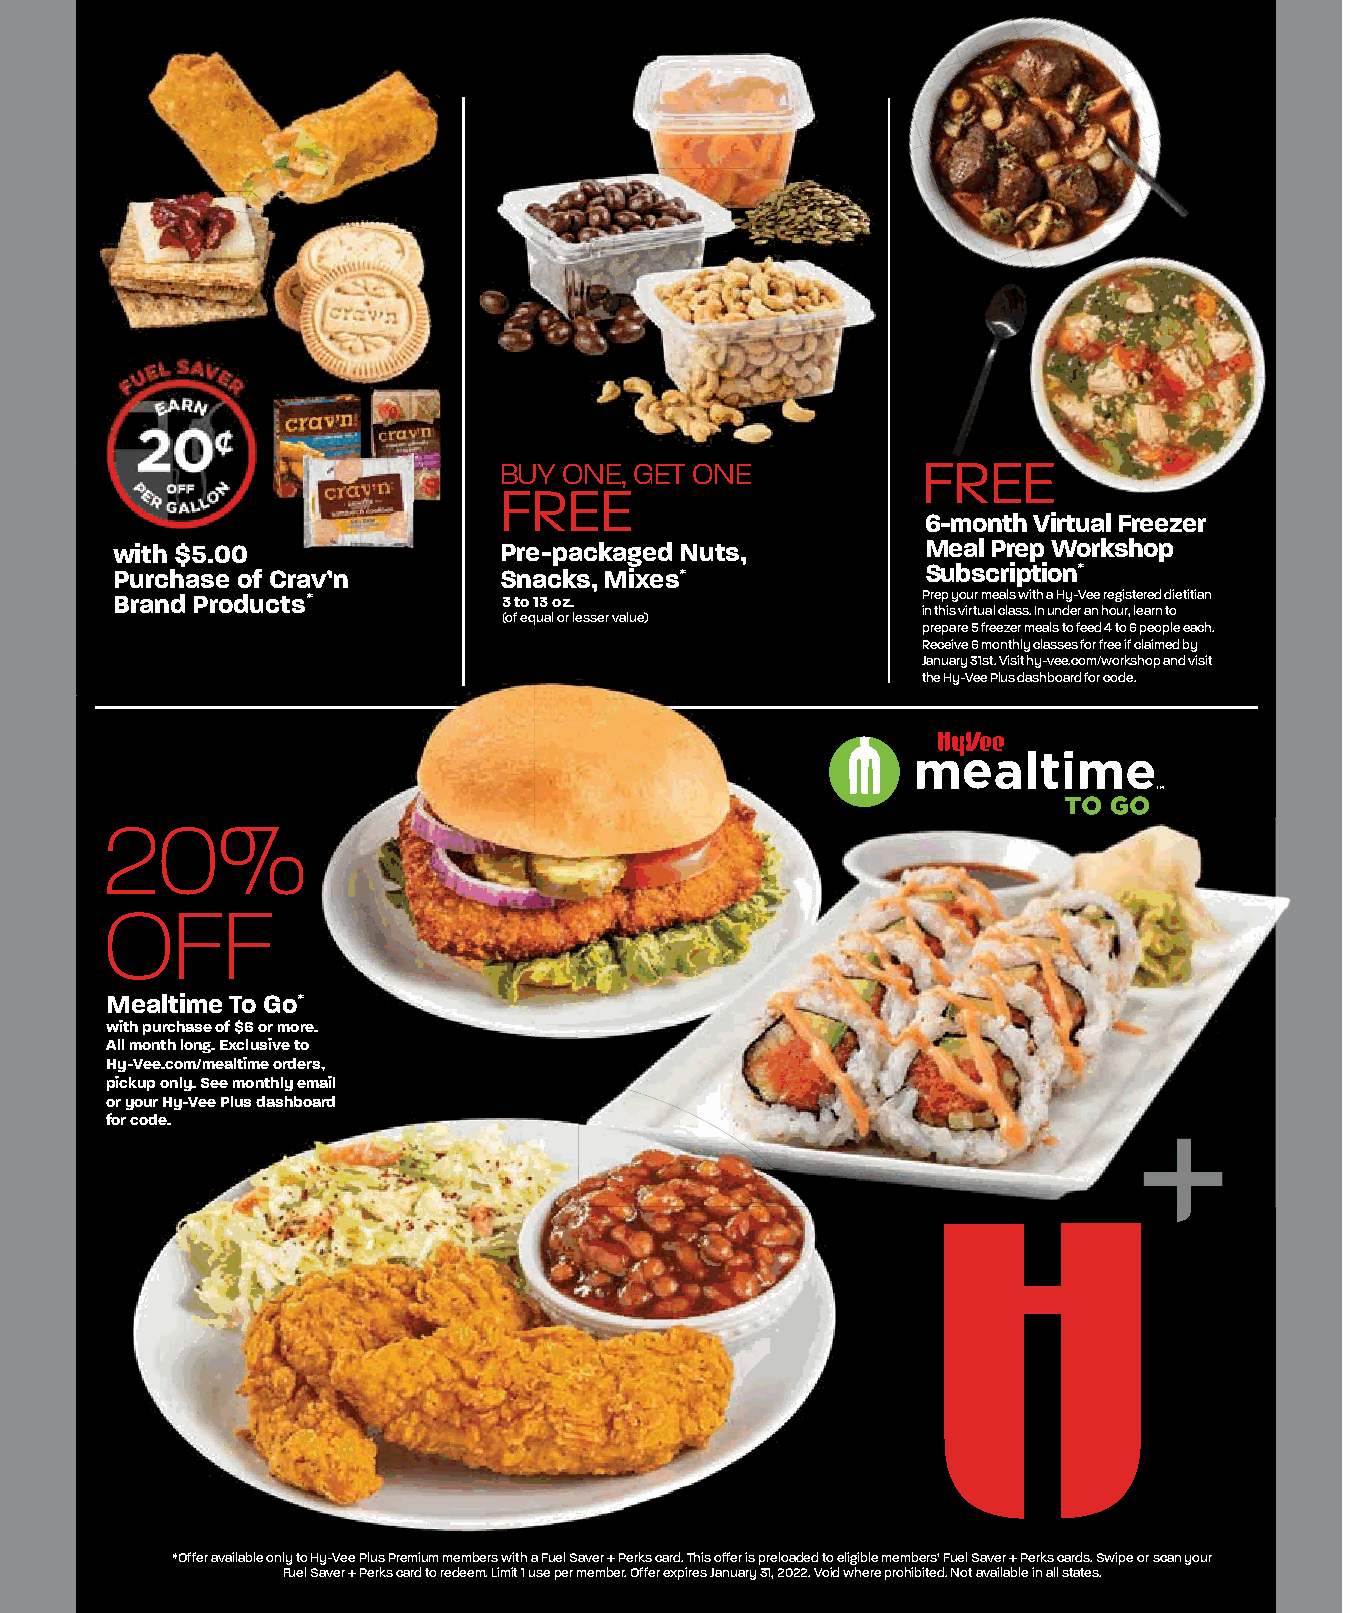
BUY ONE, GET ONE            FREE
 FREE
 6-month Virtual Freezer
 with $5.00                Pre-packaged Nuts,          Meal Prep Workshop
 Purchase of Crav’n        Snacks, Mixes*
 Subscription*
 Brand Products*           3 to 13 oz.                 Prep your meals with a Hy-Vee registered dietitian
 in this virtual class. In under an hour, learn to
 (of equal or lesser value)
 prepare 5 freezer meals to feed 4 to 6 people each.
 Receive 6 monthly classes for free if claimed by
 January 31st. Visit hy-vee.com/workshop and visit
 the Hy-Vee Plus dashboard for code.
 20%
 OFF
 Mealtime To Go*
 with purchase of $6 or more.
 All month long. Exclusive to
 Hy-Vee.com/mealtime orders,
 pickup only. See monthly email
 or your Hy-Vee Plus dashboard
 for code.
 *Offer available only to Hy-Vee Plus Premium members with a Fuel Saver + Perks card. This offer is preloaded to eligible members’ Fuel Saver + Perks cards. Swipe or scan your
 Fuel Saver + Perks card to redeem. Limit 1 use per member. Offer expires January 31, 2022. Void where prohibited. Not available in all states.
 HH--PPLLUUSS__JJaannuuaarryy SSeeaassoonnss CCoouuppoonnss__1111..1177..iinndddd 22 1111//1177//2211 44::4499 PPMM